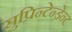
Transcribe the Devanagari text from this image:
सुप्रिन्टेन्डेन्ट